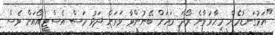
"އަޅުގަނޑުމެން މިހާރުވާނެ ރޯދަ މަހަށް ބޭނުންވާ ވަރަށް ދަޅު މަސް އެސްޓީއޯއަށް ވެސް